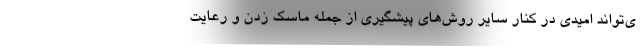
ی‌تواند امیدی در کنار سایر روش‌های پیشگیری از جمله ماسک زدن و رعایت